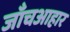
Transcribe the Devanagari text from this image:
जाँचआहार